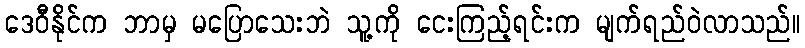
ဒေဝီနိုင်က ဘာမှ မပြောသေးဘဲ သူ့ကို ငေးကြည့်ရင်းက မျက်ရည်ဝဲလာသည်။